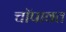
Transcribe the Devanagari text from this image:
चॉपावत